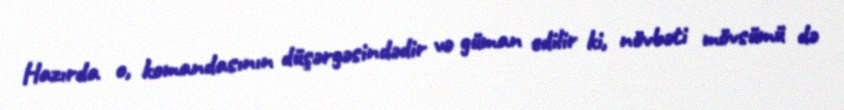
Hazırda o, komandasının düşərgəsindədir və güman edilir ki, növbəti mövsümü də